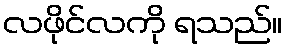
လဖိုင်လကို ရသည်။